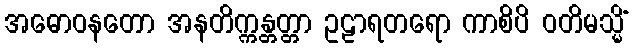
အဓောဝနတော အနတိက္ကန္တတ္တာ ဥဠာရတရော ကာစိပိ ဝတိမသ္မိံ